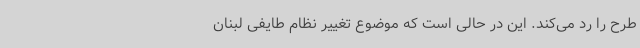
طرح را رد می‌کند. این در حالی است که موضوع تغییر نظام طایفی لبنان